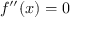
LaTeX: f ^ { \prime \prime } ( x ) = 0